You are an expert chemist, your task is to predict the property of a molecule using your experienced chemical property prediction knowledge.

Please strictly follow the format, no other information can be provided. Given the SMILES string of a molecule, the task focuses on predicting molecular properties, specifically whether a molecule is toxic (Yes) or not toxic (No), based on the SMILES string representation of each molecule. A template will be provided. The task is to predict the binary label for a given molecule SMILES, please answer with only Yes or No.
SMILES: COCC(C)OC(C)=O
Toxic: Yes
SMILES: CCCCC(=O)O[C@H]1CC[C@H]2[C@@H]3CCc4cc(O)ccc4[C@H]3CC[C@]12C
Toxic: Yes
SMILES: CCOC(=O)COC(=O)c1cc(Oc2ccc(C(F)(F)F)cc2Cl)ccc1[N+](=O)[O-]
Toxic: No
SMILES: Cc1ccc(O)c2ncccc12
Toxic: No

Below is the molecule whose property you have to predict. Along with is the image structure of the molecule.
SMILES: CC(=O)NNc1ccccc1
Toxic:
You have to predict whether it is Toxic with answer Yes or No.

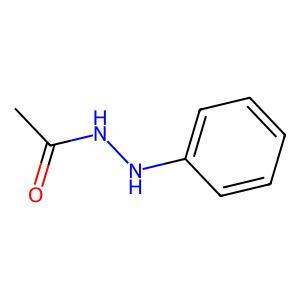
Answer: No